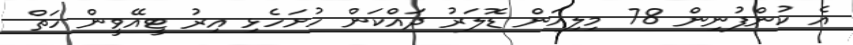
އެ ކުންފުނިން 78 މިލިއަން ޑޮލަރު ދައްކަން ހުށަހެޅި އިރު ޓީއޭވީން ހަތް